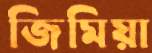
জিমিয়া